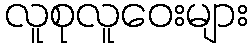
လူစုလူဝေးများ